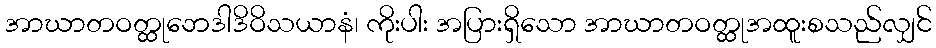
အာဃာတဝတ္ထုဘေဒါဒိဝိသယာနံ၊ ကိုးပါး အပြားရှိသော အာဃာတဝတ္ထုအထူးစသည်လျှင်